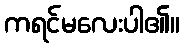
ကရင်မလေးပါ၏။